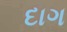
દાગ